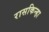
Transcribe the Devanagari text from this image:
रासकिन्हा